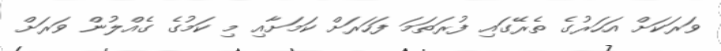
ވަރަކަށް އަހަރުގެ ތެރޭގައި ފުރަތަމަ ފަހަރަށް ކަމަށާއި މި ކަމުގެ ގެއްލުން ވަރަށް